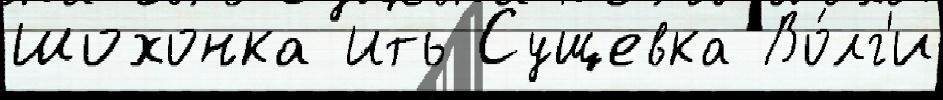
Шохонка Ить Сущевка Во́лг'и